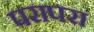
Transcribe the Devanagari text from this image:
परापरा